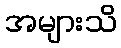
အများသိ